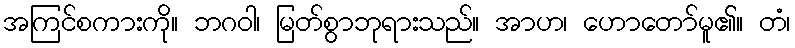
အကြင်စကားကို။ ဘဂဝါ၊ မြတ်စွာဘုရားသည်။ အာဟ၊ ဟောတော်မူ၏။ တံ၊